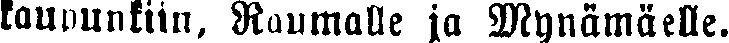
kaupunkiin, Raumalle ja Mynämäelle.